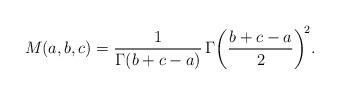
LaTeX: \begin{align*}M(a,b,c)=\frac{1}{\Gamma(b+c-a)}\,\Gamma\!\left(\frac{b+c-a}{2}\right)^{\!2}\!.\end{align*}